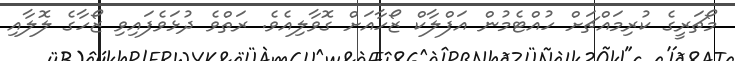
މޯޗަރީގެ ކުރިމައްޗަށް ހުއްޓެމުން އަފްލާކް ޒޯހާއަށް ގޮވާލިއެވެ. ރަތްވެ ދުޅަވެފައިވި ޒޯހާގެ ލޮލާއި